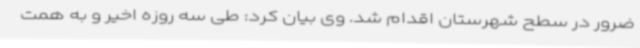
ضرور در سطح شهرستان اقدام شد. وی بیان کرد: طی سه روزه اخیر و به همت